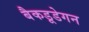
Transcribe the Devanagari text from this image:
बैकडूडेगन